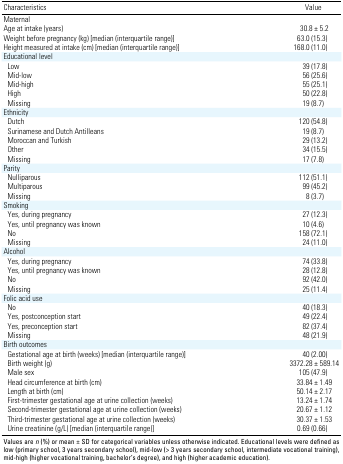
| Characteristics | Value |
 | --- | --- |
 | Maternal |  |
 | Age at intake (years) | 30.8 ± 5.2 |
 | Weight before pregnancy (kg) [median (interquartile range)] | 63.0 (15.3) |
 | Height measured at intake (cm) [median (interquartile range)] | 168.0 (11.0) |
 | <COLSPAN=2> Educational level |
 | Low | 39 (17.8) |
 | Mid-low | 56 (25.6) |
 | Mid-high | 55 (25.1) |
 | High | 50 (22.8) |
 | Missing | 19 (8.7) |
 | <COLSPAN=2> Ethnicity |
 | Dutch | 120 (54.8) |
 | Surinamese and Dutch Antilleans | 19 (8.7) |
 | Moroccan and Turkish | 29 (13.2) |
 | Other | 34 (15.5) |
 | Missing | 17 (7.8) |
 | <COLSPAN=2> Parity |
 | Nulliparous | 112 (51.1) |
 | Multiparous | 99 (45.2) |
 | Missing | 8 (3.7) |
 | <COLSPAN=2> Smoking |
 | Yes, during pregnancy | 27 (12.3) |
 | Yes, until pregnancy was known | 10 (4.6) |
 | No | 158 (72.1) |
 | Missing | 24 (11.0) |
 | <COLSPAN=2> Alcohol |
 | Yes, during pregnancy | 74 (33.8) |
 | Yes, until pregnancy was known | 28 (12.8) |
 | No | 92 (42.0) |
 | Missing | 25 (11.4) |
 | Folic acid use |  |
 | No | 40 (18.3) |
 | Yes, postconception start | 49 (22.4) |
 | Yes, preconception start | 82 (37.4) |
 | Missing | 48 (21.9) |
 | Birth outcomes |  |
 | Gestational age at birth (weeks) [median (interquartile range)] | 40 (2.00) |
 | Birth weight (g) | 3372.28 ± 589.14 |
 | Male sex | 105 (47.9) |
 | Head circumference at birth (cm) | 33.84 ± 1.49 |
 | Length at birth (cm) | 50.14 ± 2.17 |
 | First-trimester gestational age at urine collection (weeks) | 13.24 ± 1.74 |
 | Second-trimester gestational age at urine collection (weeks) | 20.67 ± 1.12 |
 | Third-trimester gestational age at urine collection (weeks) | 30.37 ± 1.53 |
 | Urine creatinine (g/L) [median (interquartile range)] | 0.69 (0.66) |
 | <COLSPAN=2> Values are n (%) or mean ± SD for categorical variablesunless otherwise indicated. Educational levels were defined as low(primary school, 3 years secondary school), mid-low (> 3 yearssecondary school, intermediate vocational training), mid-high (highervocational training, bachelor’s degree), and high (higher academiceducation). |